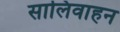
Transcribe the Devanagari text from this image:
सालिवाहन